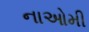
નાઓમી